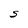
Character: S